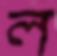
ল